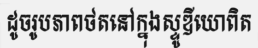
ដូចរូបភាពថតនៅក្នុងស្ទូឌីយោពិត